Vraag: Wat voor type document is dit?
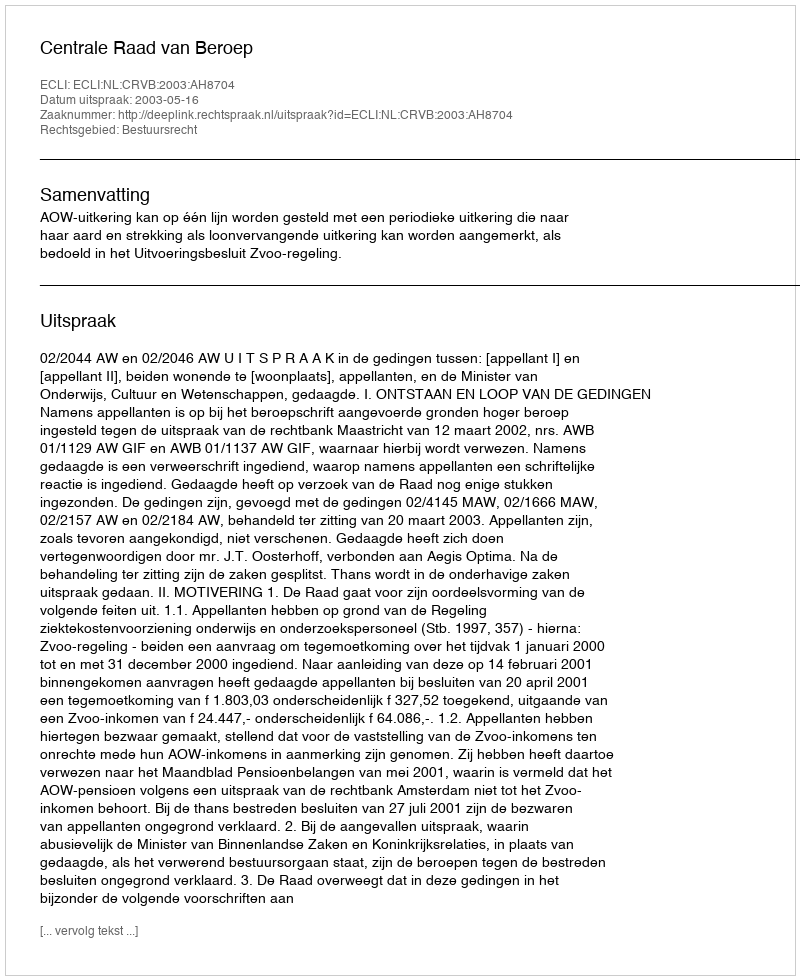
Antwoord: Uitspraak